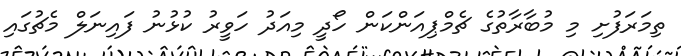
ތިމަރަފުށި މި މުބާރާތުގެ ޗެމްޕިއަންކަން ހޯދީ މިއަދު ހަވީރު ކުޅުނު ފައިނަލް މެޗުގައި